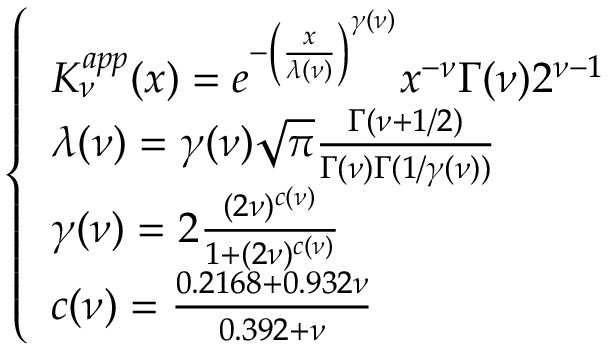
\begin{array} { r } { \left\{ \begin{array} { l l } { K _ { \nu } ^ { a p p } ( x ) = e ^ { - \left( \frac { x } { \lambda ( \nu ) } \right) ^ { \gamma ( \nu ) } } x ^ { - \nu } \Gamma ( \nu ) 2 ^ { \nu - 1 } } \\ { \lambda ( \nu ) = \gamma ( \nu ) \sqrt { \pi } \frac { \Gamma ( \nu + 1 / 2 ) } { \Gamma ( \nu ) \Gamma ( 1 / \gamma ( \nu ) ) } } \\ { \gamma ( \nu ) = 2 \frac { ( 2 \nu ) ^ { c ( \nu ) } } { 1 + ( 2 \nu ) ^ { c ( \nu ) } } } \\ { c ( \nu ) = \frac { 0 . 2 1 6 8 + 0 . 9 3 2 \nu } { 0 . 3 9 2 + \nu } } \end{array} \right. } \end{array}